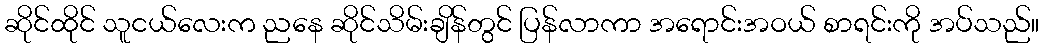
ဆိုင်ထိုင် သူငယ်လေးက ညနေ ဆိုင်သိမ်းချိန်တွင် ပြန်လာကာ အရောင်းအဝယ် စာရင်းကို အပ်သည်။